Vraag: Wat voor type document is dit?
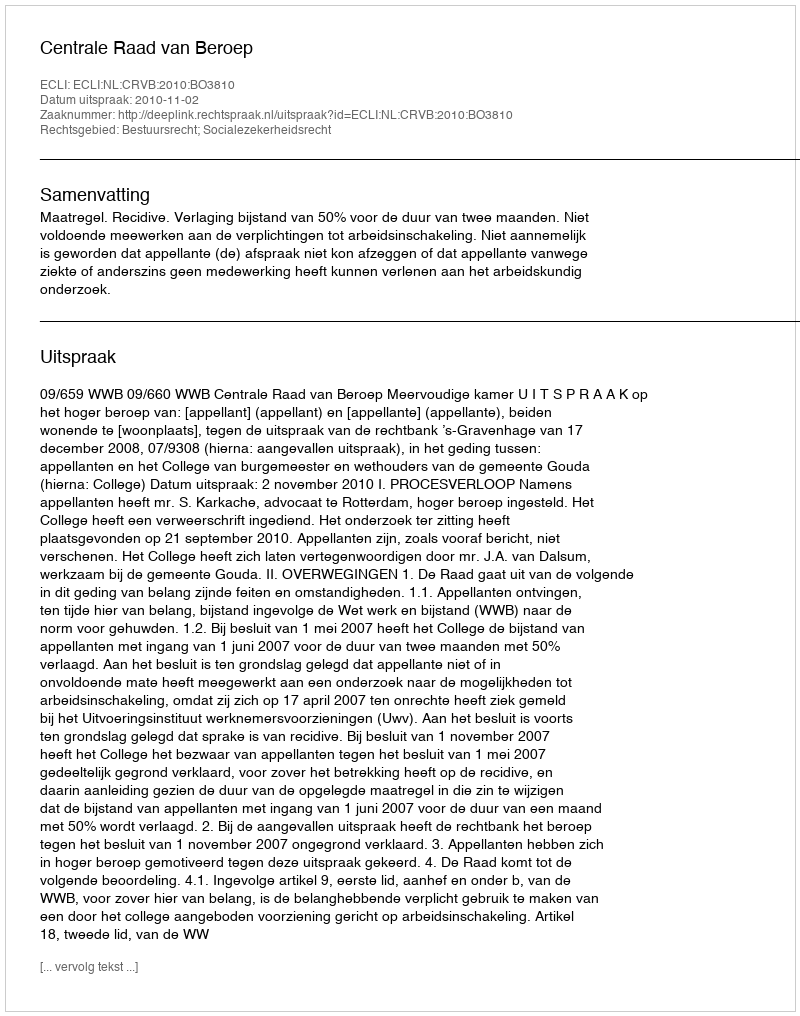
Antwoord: Uitspraak